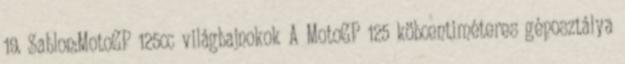
19. Sablon:MotoGP 125cc világbajnokok A MotoGP 125 köbcentiméteres géposztálya